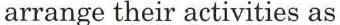
arrange their activities as